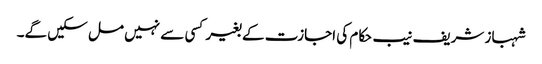
شہباز شریف نیب حکام کی اجازت کے بغیر کسی سے نہیں مل سکیں گے۔